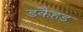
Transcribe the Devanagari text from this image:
डकैहड़